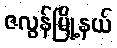
ဇလွန်မြို့နယ်